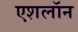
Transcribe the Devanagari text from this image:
एशलॉन